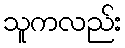
သူကလည်း